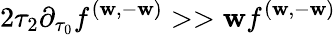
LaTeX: {2\tau_{2}\partial_{\tau_{0}}f^{(\mathbf{w},-\mathbf{w})}>>\mathbf{w}f^{(\mathbf{w},-\mathbf{w})}}